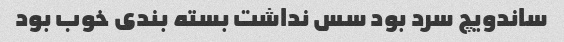
ساندویچ سرد بود سس نداشت بسته بندی خوب بود